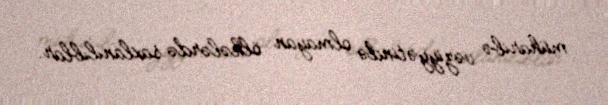
müharibə vəziyyətində olmayan ölkələrdə saxlanılıblar.